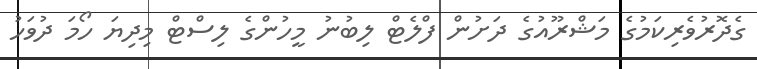
ގެދޮރުވެރިކަމުގެ މަޝްރޫއުގެ ދަށުން ފްލެޓް ލިބުނު މީހުންގެ ލިސްޓް މިދިޔަ ހޯމަ ދުވަހު